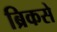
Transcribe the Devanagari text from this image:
ब्रिकसे